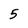
Character: 5